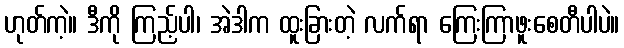
ဟုတ်ကဲ့။ ဒီကို ကြည့်ပါ၊ အဲဒါက ထူးခြားတဲ့ လက်ရာ ကြေးကြာဖူးစေတီပါပဲ။